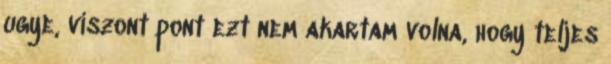
ugye, viszont pont ezt nem akartam volna, hogy teljes